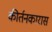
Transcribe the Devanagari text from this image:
कीर्तनकारास